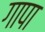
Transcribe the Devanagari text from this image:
गापा